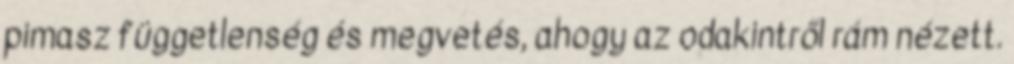
pimasz függetlenség és megvetés, ahogy az odakintről rám nézett.